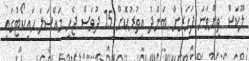
ލޫކަސް ތިންވަނަ ފަހަރަށް ބަންދު އިތުރުކޮށް 15 ދުވަސް ޖެހި މައްސަލަ ހައިކޯޓުގައި